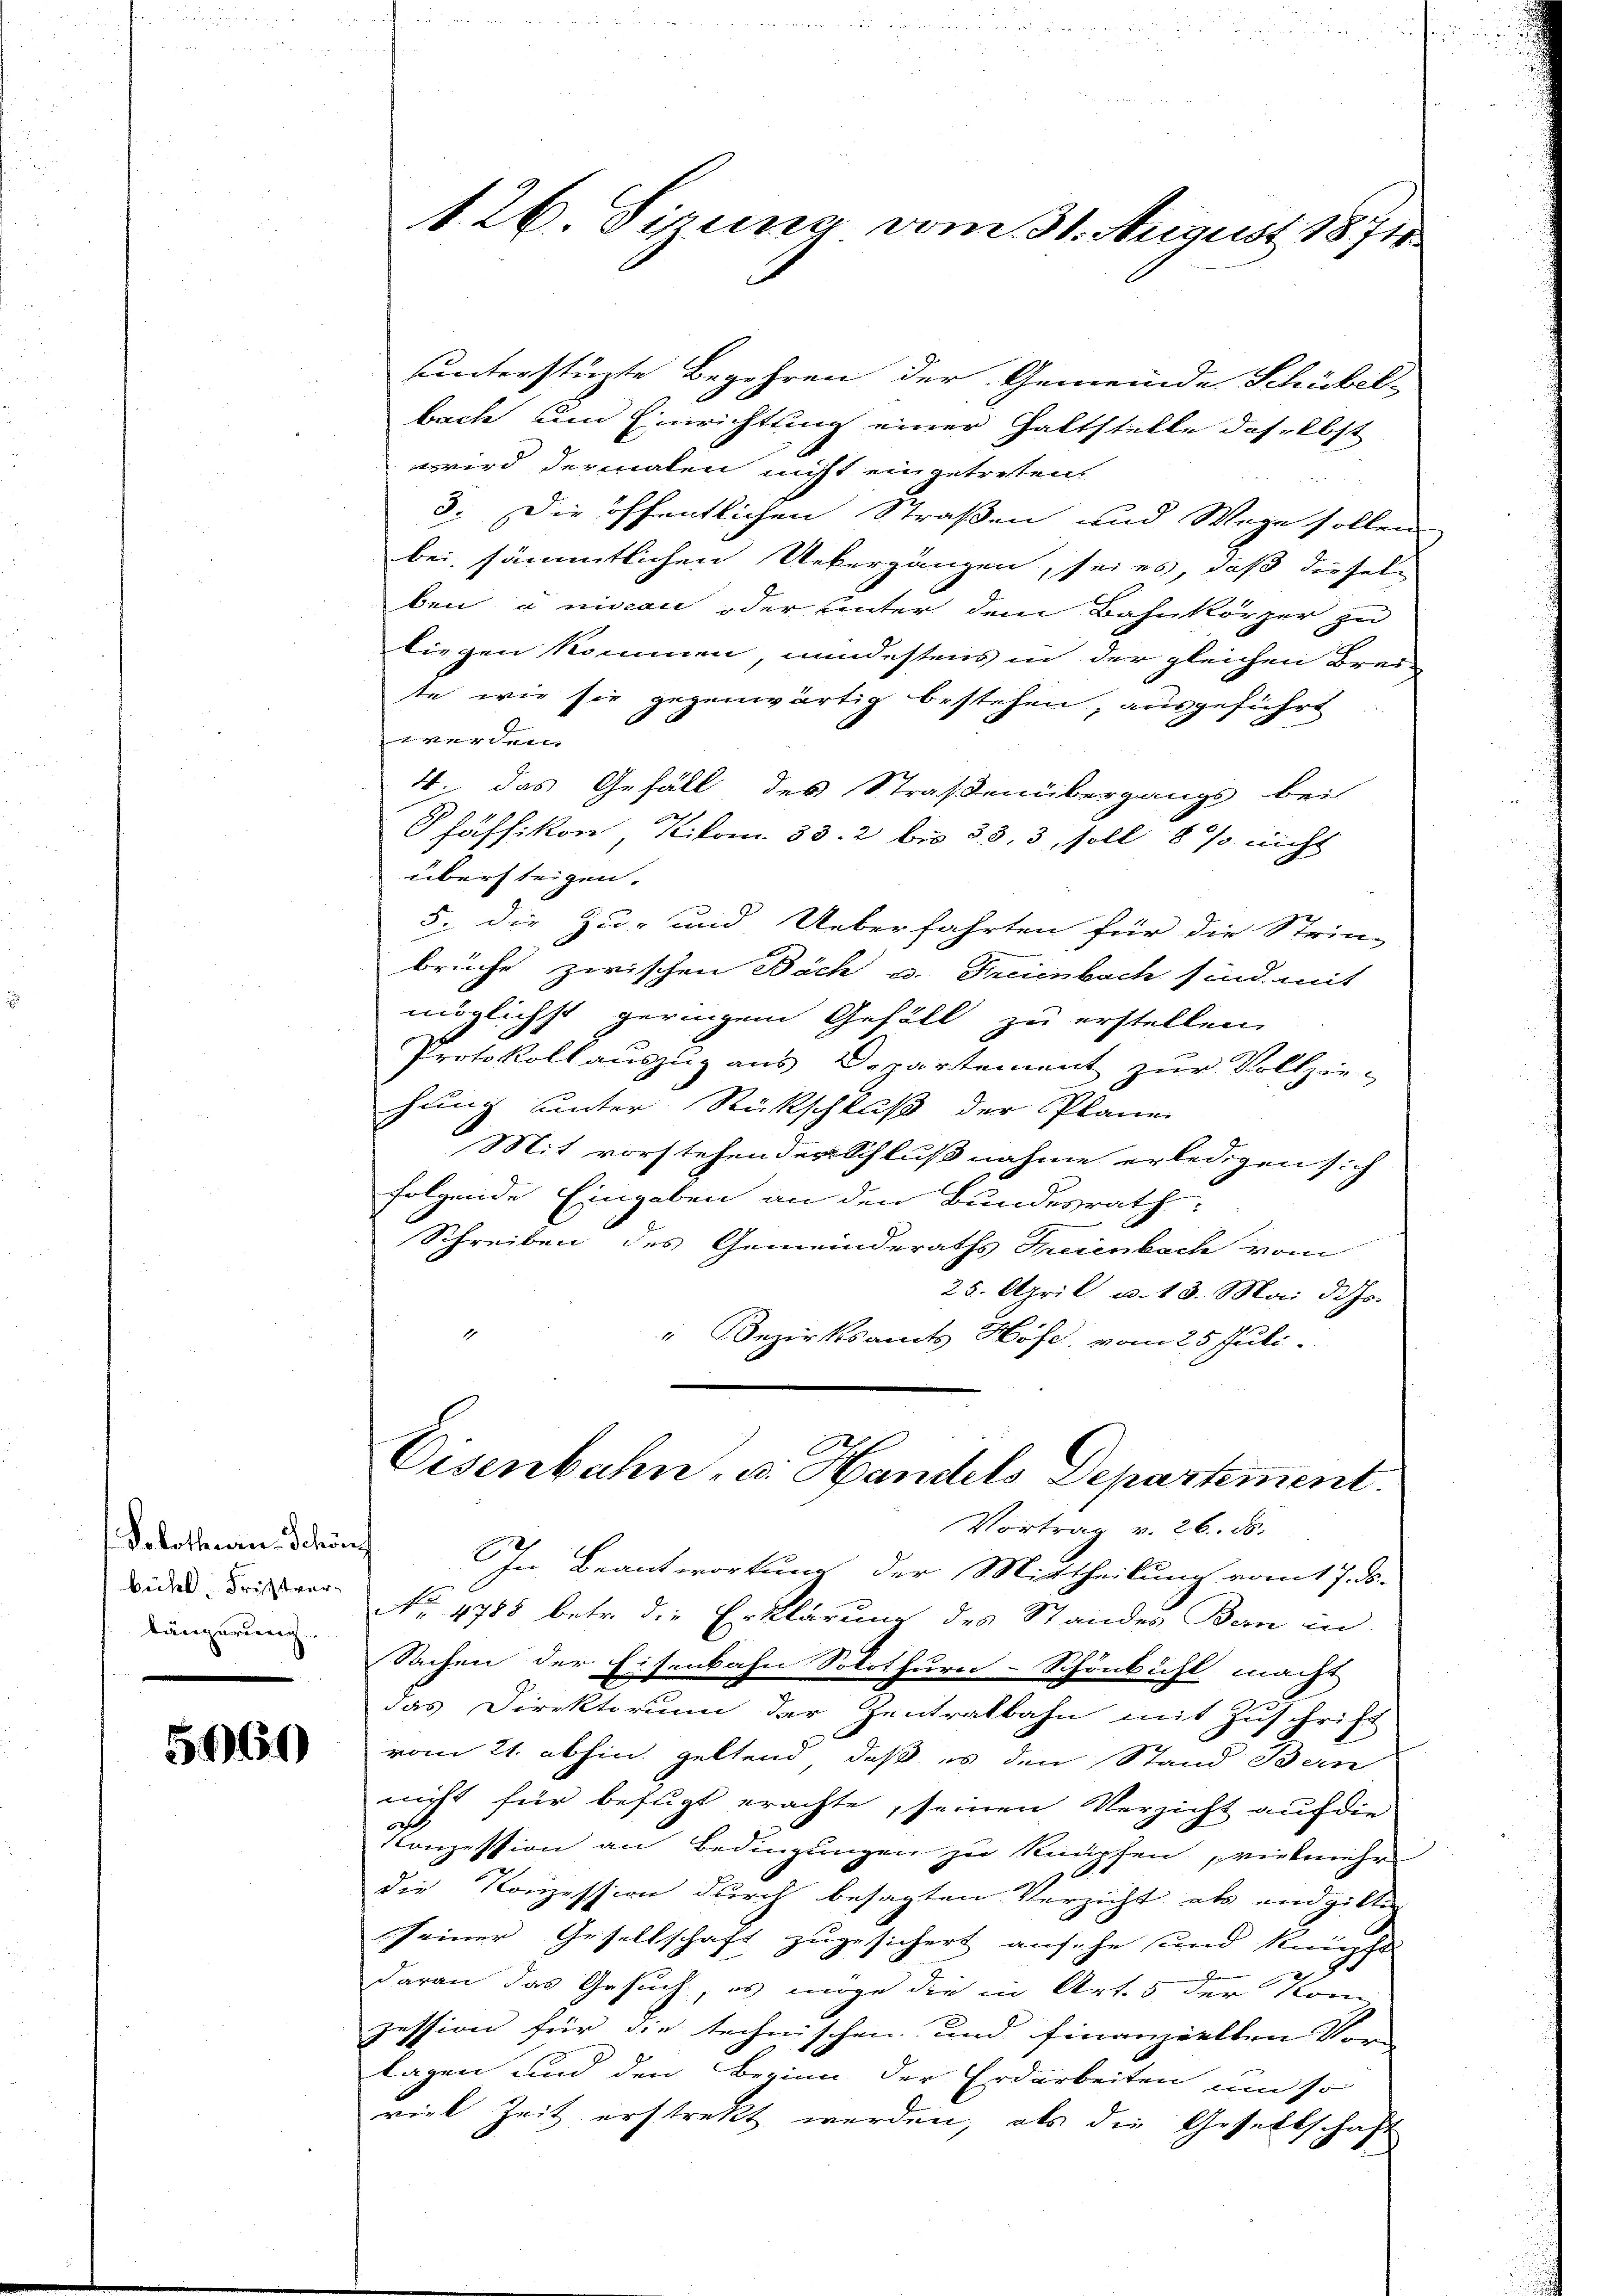
Solothurn. Schönf
bühl. Fristverlängerung

5660

126. Sirung vom 31. August 1871

uunterstüzte Begehren der Gemeinde Schübel-
bach um Einrichtung einer Gattstelle daselbst
wird dermalen nicht eingetreten.
3. Die öffentlichen Straßen und Wege sollen
bei sämmtlichen Uebergangen, sei es, daß diesel-
ben u nison oder unter dem Bahnkörper zu
liegen kommen, mindestens in der gleichen Brei-
te wie sie gegenwärtig bestehen, ausgeführt
t it 70 fl verble
4 das Gefäll des Straßenübergangs bei
Pfäffikon, Kilom. 33. 2 bis 33, 3, soll 8 % nicht
übersteigen.
5. die Zu- und Ueberfahrten für die Strin-
brüche zwischen Bäch u. Freienbach sind mit
möglichst geringen Gefäll zu erstellen.
Protokoll auszug aus Departement zŭr Vollzie-
hung unter Rückschluß der Plane
Mit vorstehender Schlußnahme erledigen sich
folgende Eingaben an den Bundesrath:
Schreiben des Gemeinderaths Freienbach vom
25. April u. 13. Mai d. Js.
“ Bezirksamts Höfe, vom 25. Juli.
Eisenbahn- u. Handels Departement.
Vortrag v. 26. ds.
In Beantwortung der Mittheilung vom 17. ds.
No 4788 betr. die Erklärung des Standes Bern in
Sachen der Eisenbahn Solothurn-Schönbichl macht
das Direktorium der Zentralbahn mit Zuschrift
vom 21. abhin geltend daß es den Stand Bern
icht für befugt erachte, seinen Verzicht auf die
Konzession an Bedingungen zu knüpfen, vielmehr
die Konzession durch besagten Verzicht als endgittig
seiner Gesellschaft zugesichert ansehe und knüpft.
daran das Gesuch, es möge die in Art. 5 der Komzession für die technischen und finanzielten Vor-
lagen und den Beginn der Erdarbeiten um so
viel Zeit erstrekt werden, als die Gesellschaft